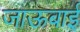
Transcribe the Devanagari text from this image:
जाऊबाई